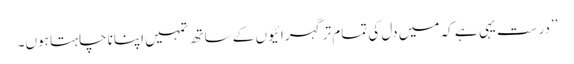
’’درست یہی ہے کہ میں دل کی تمام تر گہرائیوں کے ساتھ تمہیں اپنانا چاہتا ہوں۔